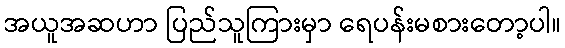
အယူအဆဟာ ပြည်သူကြားမှာ ရေပန်းမစားတော့ပါ။